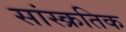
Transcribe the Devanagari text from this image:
सांस्क्रतिक